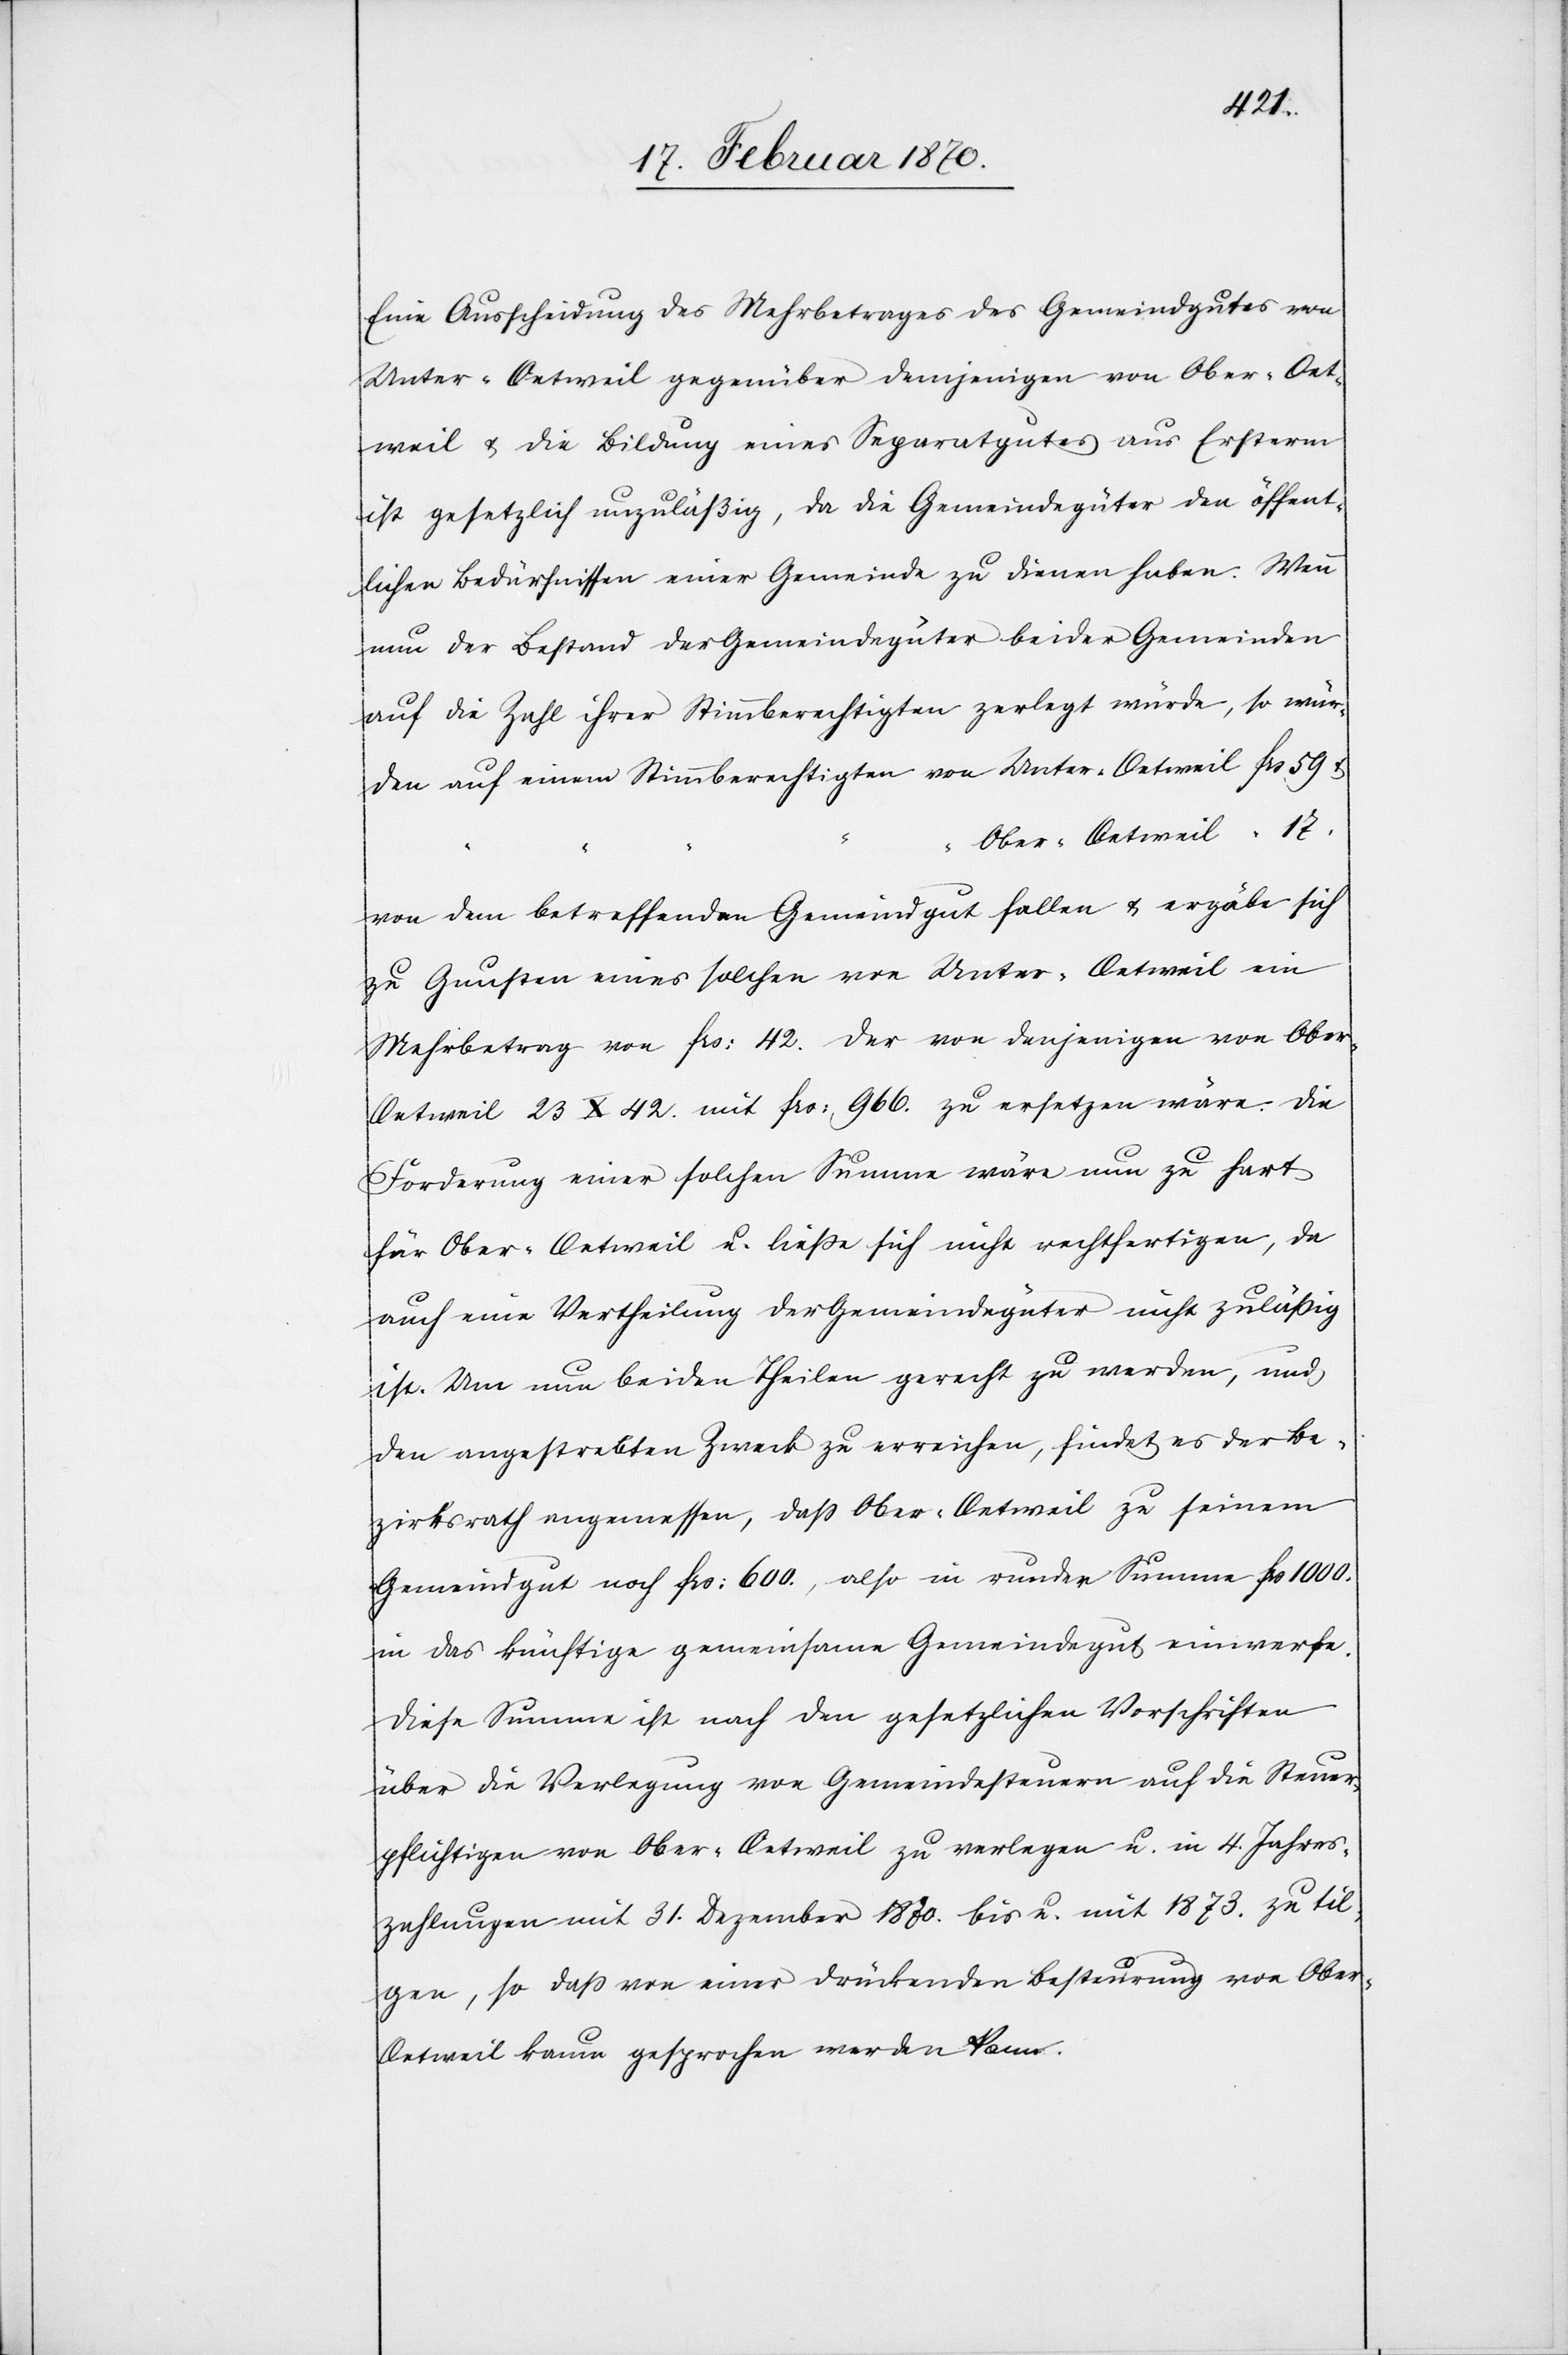
wür¬
Eine Ausscheidung des Mehrbetrages des Gemeindgutes von
Unter-Oetweil gegenüber denjenigen von Ober-Oet¬
weil u. die Bildung eines Separatgutes aus Ersterm
ist gesetzlich unzuläßig, da die Gemeindegüter den öffent¬
lichen Bedürfnissen einer Gemeinde zu dienen haben. Wenn
nun der Bestand der Gemeindegüter beider Gemeinden
auf die Zahl ihrer Stimmberechtigten zerlegt würde,
den auf einen Stimmberechtigten von Unter-Oetweil frs 59. &
Ober-Oetweil	“	 17.
von dem betreffenden Gemeindgut fallen u. ergäbe sich
zu Gunsten eines solchen von Unter-Oetweil ein
Mehrbetrag von frs: 42. der von denjenigen von Ober-O¬
etweil 23 X 42 mit frs: 966. zu ersetzen wäre. Die
Forderung einer solchen Summe wäre nun zu hart
für Ober-Oetweil u. liesse sich nicht rechtfertigen, da
auch eine Vertheilung der Gemeindegüter nicht zulässig
ist. Um nun beiden Theilen gerecht zu werden, und
den angestrebten Zweck zu erreichen, findet es der Be¬
zirksrath angemessen, dass Ober-Oetweil zu seinem
Gemeindgut noch frs: 600., also in runder Summe frs 1000.
in das künftige gemeinsame Gemeindegut einwerfe.
Diese Summe ist nach den gesetzlichen Vorschriften
über die Verlegung von Gemeindesteuern auf die Steuer¬
pflichtigen von Ober-Oetweil zu verlegen u. in 4. Jahres¬
zahlungen mit 31. Dezember 1870. bis u. mit 1873. zu til¬
gen, so dass von einer drückenden Besteurung von Obe¬
r-Oetweil kaum gesprochen werden kann.